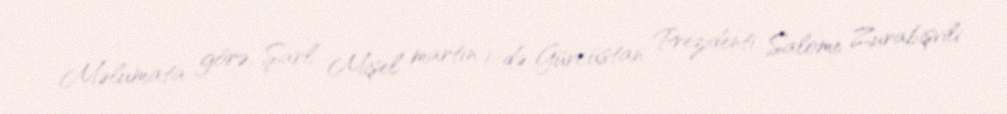
Məlumata görə, Şarl Mişel martın 1-də Gürcüstan Prezidenti Salome Zurabişvili